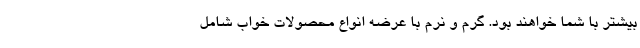
بیشتر با شما خواهند بود. گرم و نرم با عرضه انواع محصولات خواب شامل